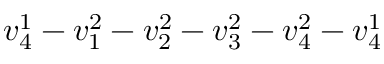
v _ { 4 } ^ { 1 } - v _ { 1 } ^ { 2 } - v _ { 2 } ^ { 2 } - v _ { 3 } ^ { 2 } - v _ { 4 } ^ { 2 } - v _ { 4 } ^ { 1 }